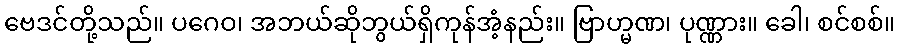
ဗေဒင်တို့သည်။ ပဂေဝ၊ အဘယ်ဆိုဘွယ်ရှိကုန်အံ့နည်း။ ဗြာဟ္မဏ၊ ပုဏ္ဏား။ ခေါ၊ စင်စစ်။